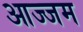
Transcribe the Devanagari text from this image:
आज्जम